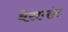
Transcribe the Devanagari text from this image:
बेसमंट